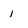
Character: i